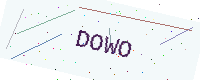
Text: DOWO